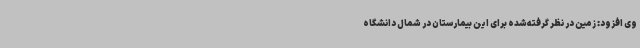
وی افزود: زمین در نظر گرفته‌شده برای این بیمارستان در شمال دانشگاه